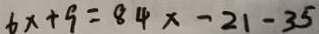
6 x + 9 = 8 4 x - 2 1 - 3 5